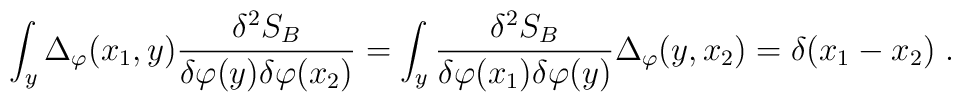
\int_y \Delta_\varphi(x_1,y) \frac{\delta^2 S_B}{\delta\varphi(y)\delta\varphi(x_2)}=\int_y \frac{\delta^2 S_B}{\delta\varphi(x_1)\delta\varphi(y)}\Delta_\varphi(y,x_2)=\delta(x_1-x_2) \;.